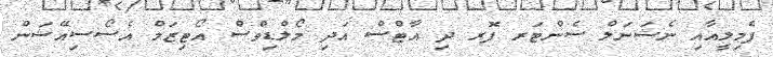
ފެމިލީއާއި ނެޝަނަލް ސެންޓަރ ފޮރ ދި އާޓްސް އަދި މޯލްޑިވްސް އޯޓިޒަމް އެސޯސިއޭޝަން